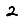
Digit: 2